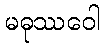
မဓုဿဝေါ